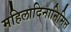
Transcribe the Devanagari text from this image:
महिलादिनानिमित्त